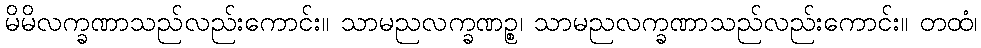
မိမိလက္ခဏာသည်လည်းကောင်း။ သာမညလက္ခဏဉ္စ၊ သာမညလက္ခဏာသည်လည်းကောင်း။ တထံ၊